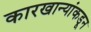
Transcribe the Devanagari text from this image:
कारखान्यांकडून